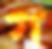
গ